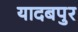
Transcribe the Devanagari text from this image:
यादबपुर